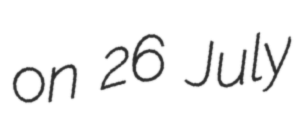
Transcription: on 26 July